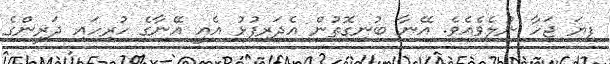
ފިޔަ ޖަހާ ނުލެވެއެވެ. އޭނާ ބުނިގޮތުން އެދަރިފުޅު އެއީ އޭނާގެ ހުރިހައި ދަރީންގެ